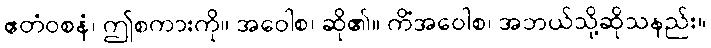
ဧတံဝစနံ၊ ဤစကားကို။ အဝေါစ၊ ဆို၏။ ကိံအဝေါစ၊ အဘယ်သို့ဆိုသနည်း။